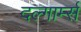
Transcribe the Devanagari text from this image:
दल्गार्म्स